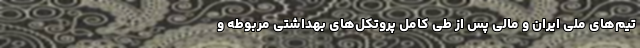
تیم‌های ملی ایران و مالی پس از طی کامل پروتکل‌های بهداشتی مربوطه و